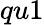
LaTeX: qu1